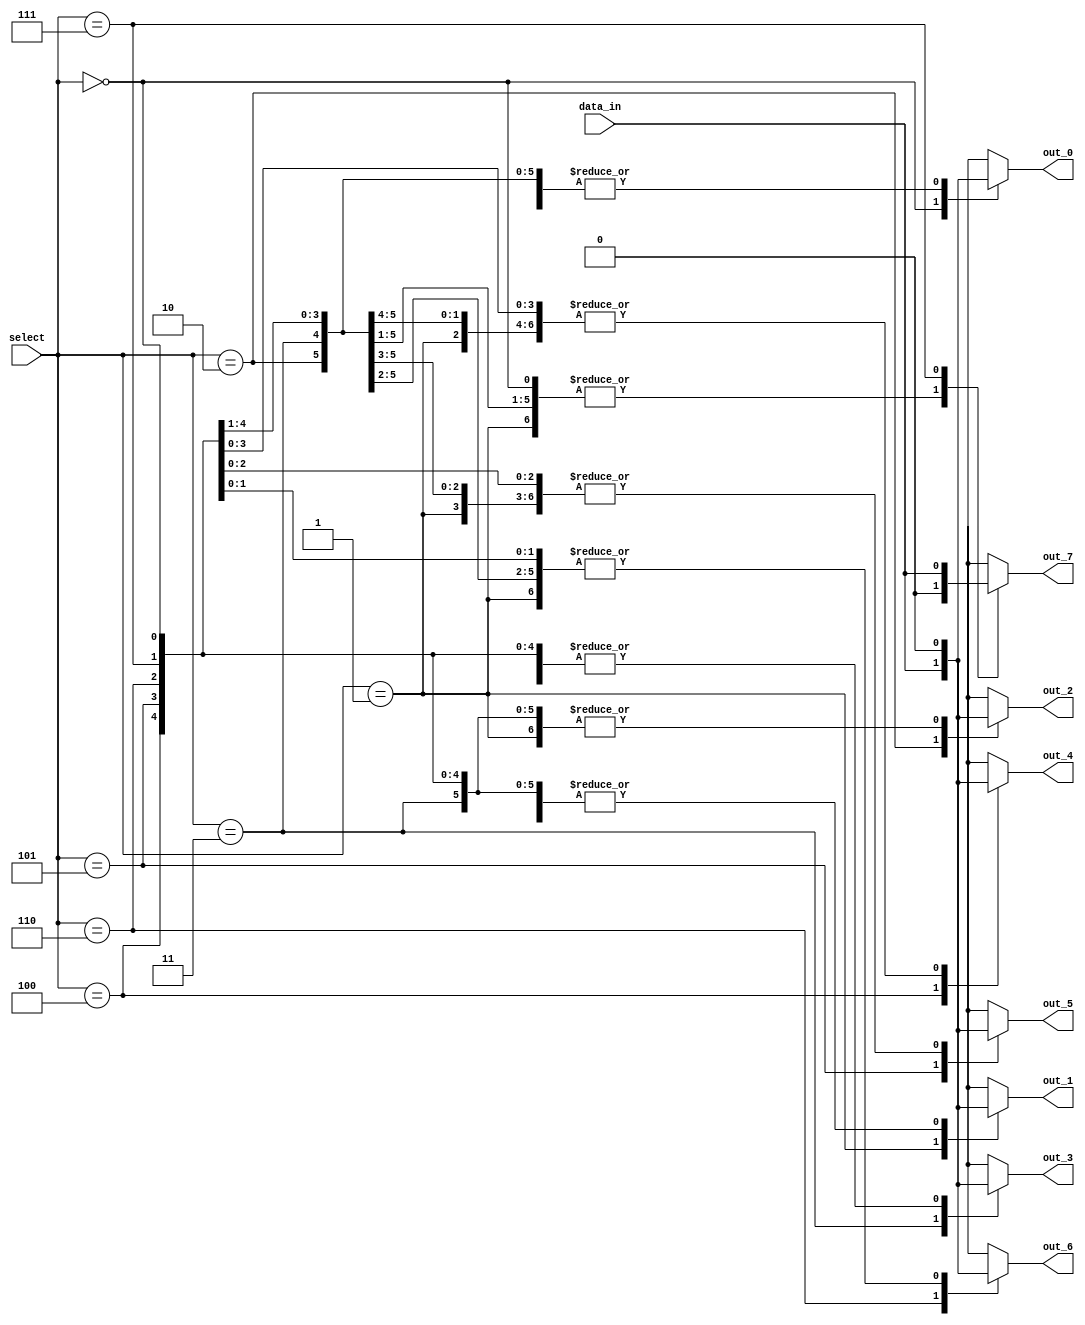
module demux_1to8(
    input wire [2:0] select,
    input wire data_in,
    output reg out_0,
    output reg out_1,
    output reg out_2,
    output reg out_3,
    output reg out_4,
    output reg out_5,
    output reg out_6,
    output reg out_7
);

always @(*)
begin
    case (select)
        3'b000: begin
            out_0 = data_in;
            out_1 = 1'b0;
            out_2 = 1'b0;
            out_3 = 1'b0;
            out_4 = 1'b0;
            out_5 = 1'b0;
            out_6 = 1'b0;
            out_7 = 1'b0;
        end
        3'b001: begin
            out_0 = 1'b0;
            out_1 = data_in;
            out_2 = 1'b0;
            out_3 = 1'b0;
            out_4 = 1'b0;
            out_5 = 1'b0;
            out_6 = 1'b0;
            out_7 = 1'b0;
        end
        3'b010: begin
            out_0 = 1'b0;
            out_1 = 1'b0;
            out_2 = data_in;
            out_3 = 1'b0;
            out_4 = 1'b0;
            out_5 = 1'b0;
            out_6 = 1'b0;
            out_7 = 1'b0;
        end
        3'b011: begin
            out_0 = 1'b0;
            out_1 = 1'b0;
            out_2 = 1'b0;
            out_3 = data_in;
            out_4 = 1'b0;
            out_5 = 1'b0;
            out_6 = 1'b0;
            out_7 = 1'b0;
        end
        3'b100: begin
            out_0 = 1'b0;
            out_1 = 1'b0;
            out_2 = 1'b0;
            out_3 = 1'b0;
            out_4 = data_in;
            out_5 = 1'b0;
            out_6 = 1'b0;
            out_7 = 1'b0;
        end
        3'b101: begin
            out_0 = 1'b0;
            out_1 = 1'b0;
            out_2 = 1'b0;
            out_3 = 1'b0;
            out_4 = 1'b0;
            out_5 = data_in;
            out_6 = 1'b0;
            out_7 = 1'b0;
        end
        3'b110: begin
            out_0 = 1'b0;
            out_1 = 1'b0;
            out_2 = 1'b0;
            out_3 = 1'b0;
            out_4 = 1'b0;
            out_5 = 1'b0;
            out_6 = data_in;
            out_7 = 1'b0;
        end
        3'b111: begin
            out_0 = 1'b0;
            out_1 = 1'b0;
            out_2 = 1'b0;
            out_3 = 1'b0;
            out_4 = 1'b0;
            out_5 = 1'b0;
            out_6 = 1'b0;
            out_7 = data_in;
        end
    endcase
end
endmodule